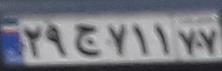
۲۹ج۷۱۱۷۷